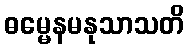
ဓမ္မေနမနုသာသတိ